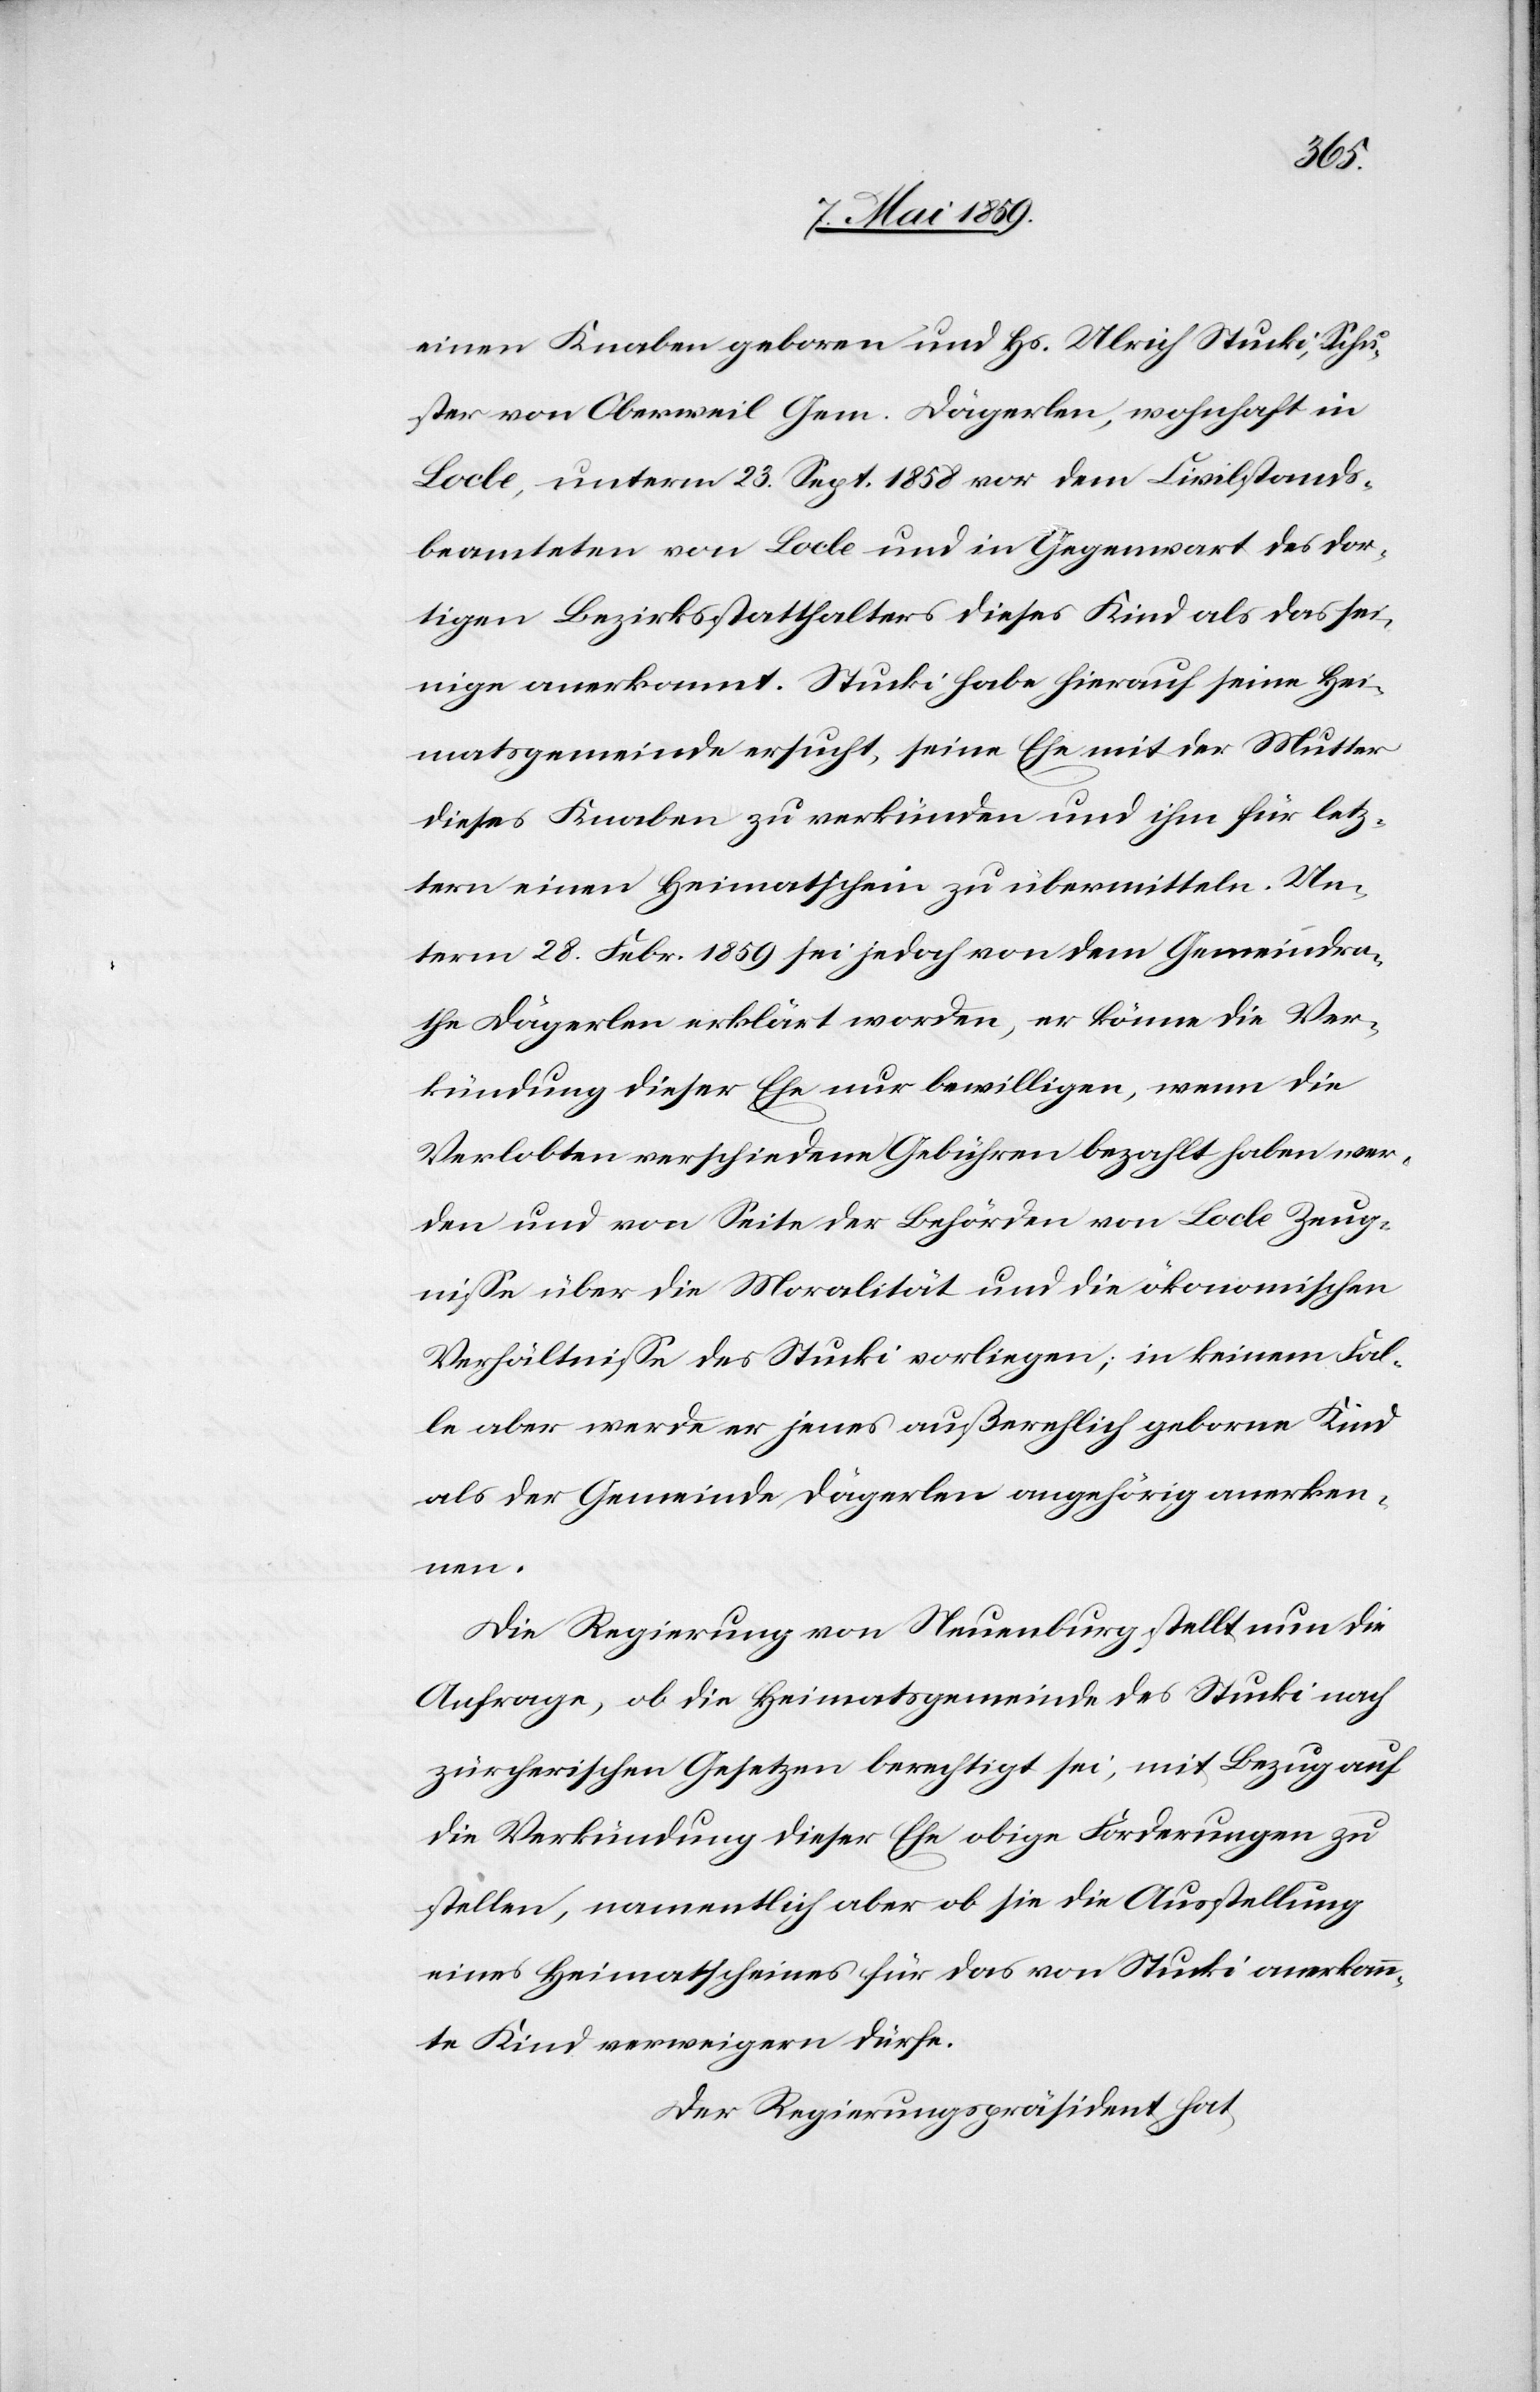
einen Knaben geboren und Hs. Ulrich Stucki, Schu¬
ster von Oberweil Gem. Dägerlen, wohnhaft in
Locle, unterm 23. Sept. 1858 vor dem Civilstands¬
beamteten von Locle und in Gegenwart des dor¬
tigen Bezirksstatthalters dieses Kind als das sei¬
nige anerkannt. Stucki habe hierauf seine Hei¬
matsgemeinde ersucht, seine Ehe mit der Mutter
dieses Knaben zu verkünden und ihm für letz¬
tern einen Heimatschein zu übermitteln. Un¬
term 28. Febr. 1859 sei jedoch von dem Gemeindra¬
the Dägerlen erklärt worden, er könne die Ver¬
kündung dieser Ehe nur bewilligen, wenn die
Verlobten verschiedene Gebühren bezahlt haben wer¬
den und von Seite der Behörden von Locle Zeug¬
niße über die Moralität und die ökonomischen
Verhältniße des Stucki vorliegen; in keinem Fal¬
le aber werde er jenes außerehelich geborne Kind
als der Gemeinde Dägerlen angehörig anerken¬
nen.
Die Regierung von Neuenburg stellt nun die
Anfrage, ob die Heimatsgemeinde des Stucki nach
zürcherischen Gesetzen berechtigt sei, mit Bezug auf
die Verkündung dieser Ehe obige Forderungen zu
stellen, namentlich aber ob sie die Ausstellung
eines Heimatscheines für das von Stucki anerkann¬
te Kind verweigern dürfe.
Der Regierungspräsident hat